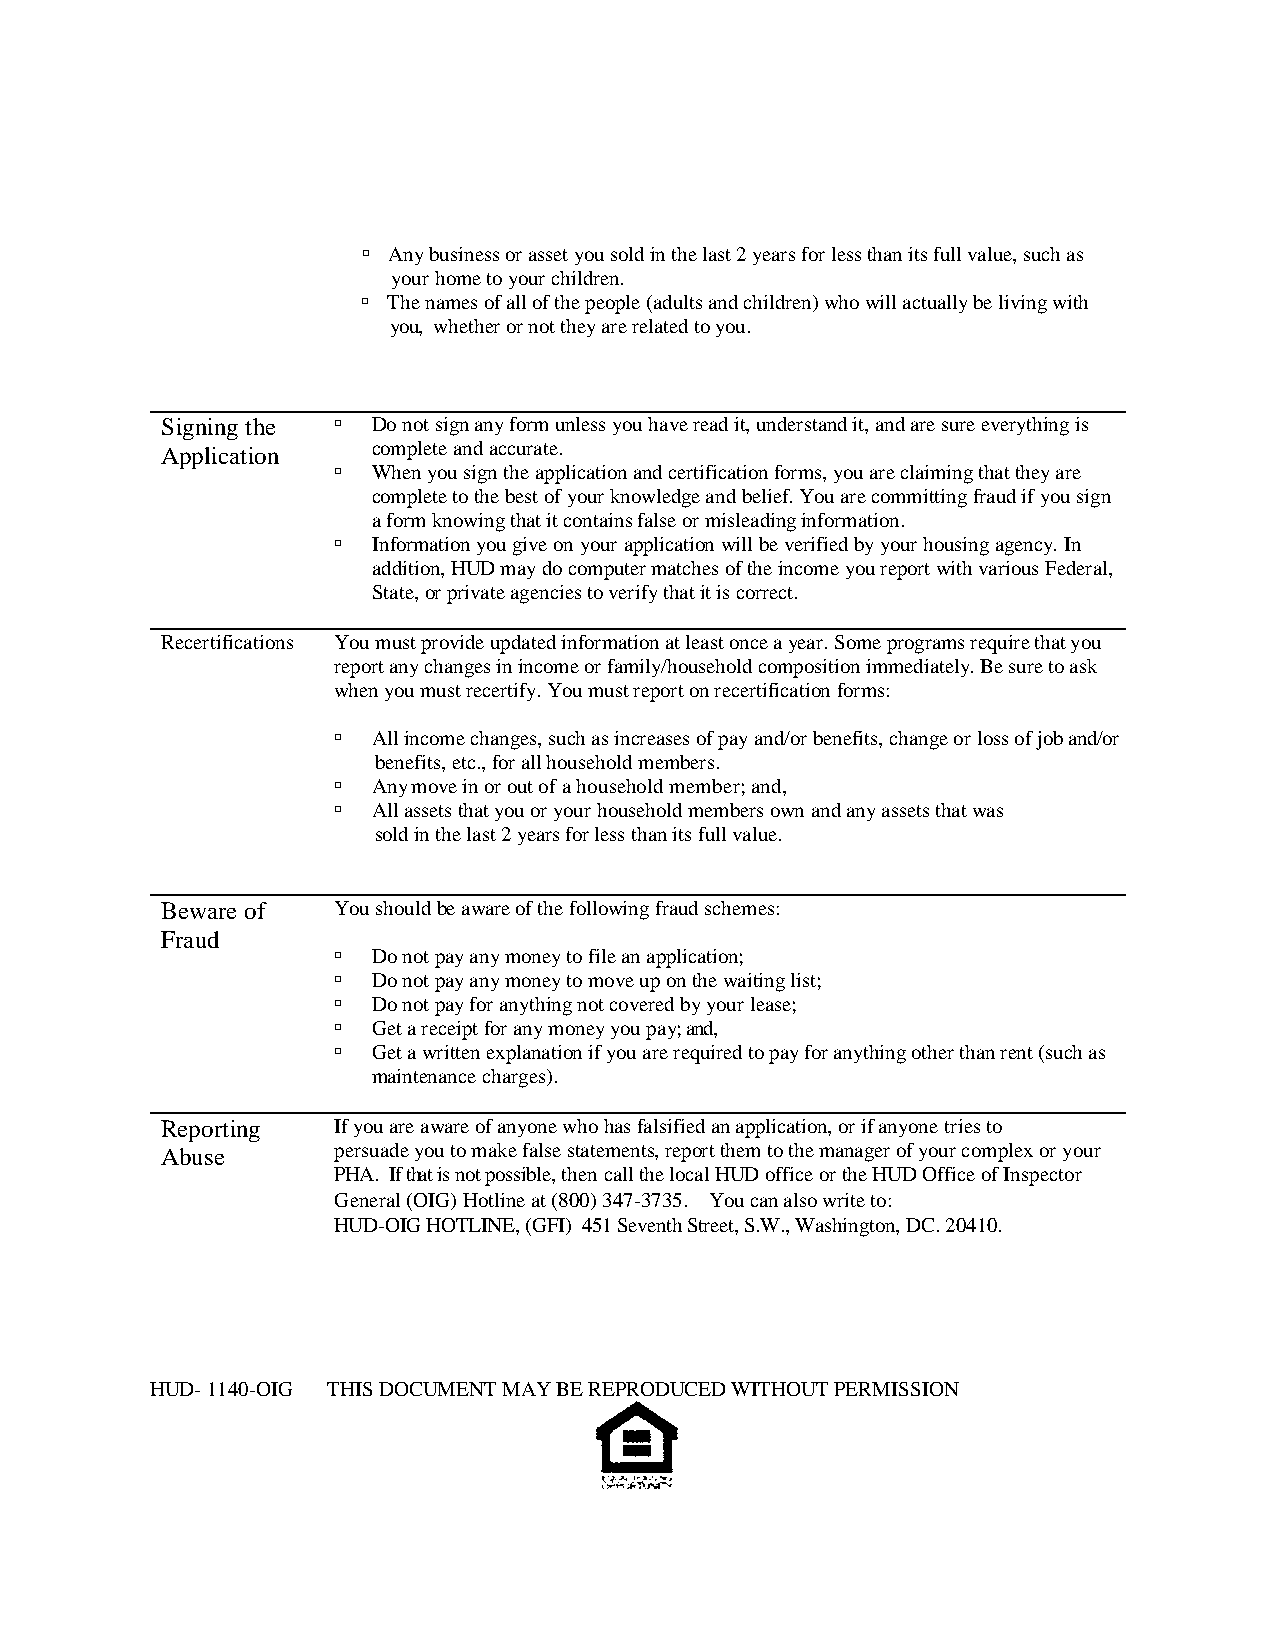
 Any business or asset you sold in the last 2 years for less than its full value, such as
 your home to your children.
  The names of all of the people (adults and children) who will actually be living with
 you, whether or not they are related to you.
 Signing the  Do not sign any form unless you have read it, understand it, and are sure everything is
 Application   complete and accurate.
   When you sign the application and certification forms, you are claiming that they are
 complete to the best of your knowledge and belief. You are committing fraud if you sign
 a form knowing that it contains false or misleading information.
   Information you give on your application will be verified by your housing agency. In
 addition, HUD may do computer matches of the income you report with various Federal,
 State, or private agencies to verify that it is correct.
 Recertifications You must provide updated information at least once a year. Some programs require that you
 report any changes in income or family/household composition immediately. Be sure to ask
 when you must recertify. You must report on recertification forms:
   All income changes, such as increases of pay and/or benefits, change or loss of job and/or
 benefits, etc., for all household members.
   Any move in or out of a household member; and,
   All assets that you or your household members own and any assets that was
 sold in the last 2 years for less than its full value.
 Beware of  You should be aware of the following fraud schemes:
 Fraud
   Do not pay any money to file an application;
   Do not pay any money to move up on the waiting list;
   Do not pay for anything not covered by your lease;
   Get a receipt for any money you pay; and,
   Get a written explanation if you are required to pay for anything other than rent (such as
 maintenance charges).
 Reporting  If you are aware of anyone who has falsified an application, or if anyone tries to
 Abuse      persuade you to make false statements, report them to the manager of your complex or your
 PHA. If that is not possible, then call the local HUD office or the HUD Office of Inspector
 General (OIG) Hotline at (800) 347-3735. You can also write to:
 HUD-OIG HOTLINE, (GFI) 451 Seventh Street, S.W., Washington, DC. 20410.
 HUD- 1140-OIG THIS DOCUMENT MAY BE REPRODUCED WITHOUT PERMISSION